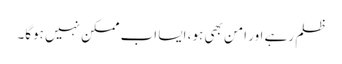
ظلم رہے اور امن بھی ہو، ایسا اب ممکن نہیں ہوگا۔